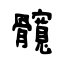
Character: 髖